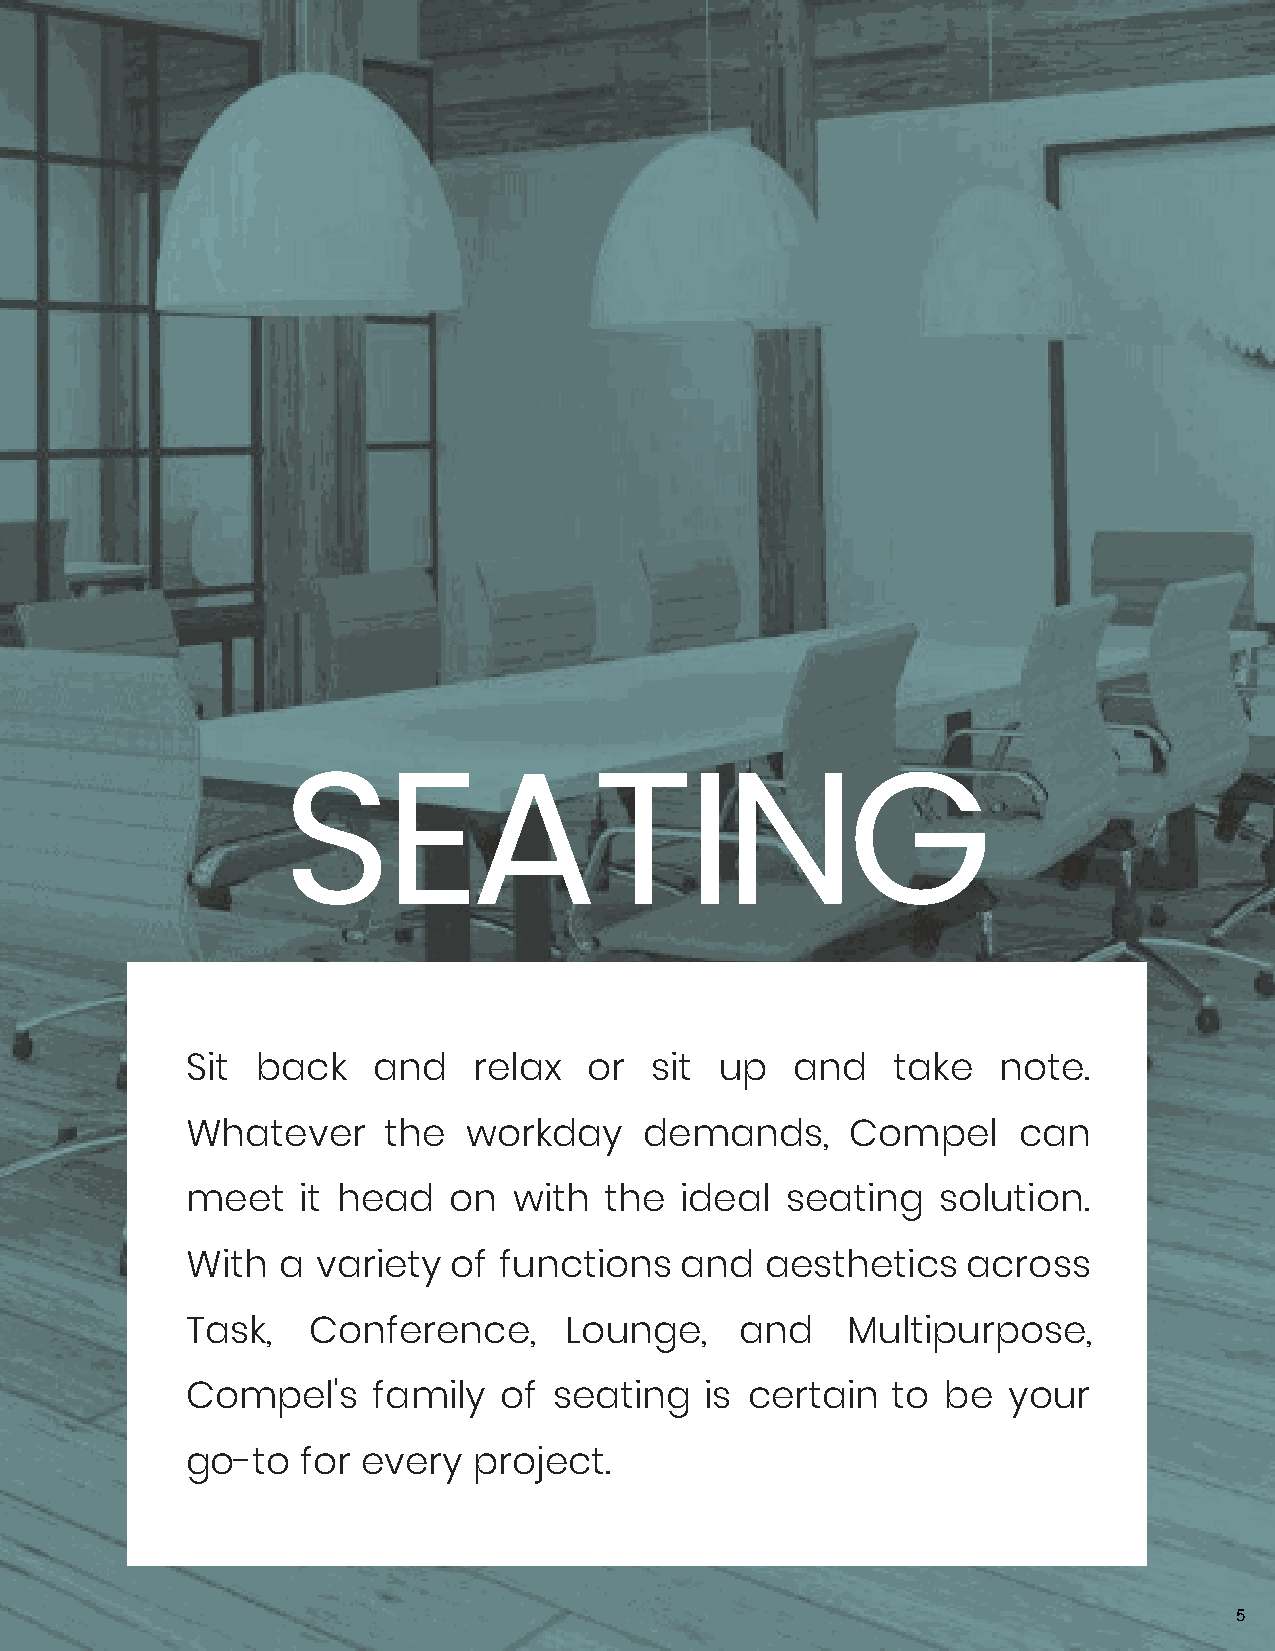
SEATING
 Sit  back    and   relax   or  sit  up   and   take   note.
 Whatever     the   workday     demands,     Compel     can
 meet    it head   on  with  the  ideal  seating   solution.
 With  a  variety  of functions   and   aesthetics   across
 Task,   Conference,      Lounge,     and    Multipurpose,
 Compel's     family  of  seating   is certain  to  be  your
 go-to   for every  project.
 5